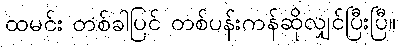
ထမင်း တစ်ခါပြင် တစ်ပန်းကန်ဆိုလျှင်ပြီးပြီ။